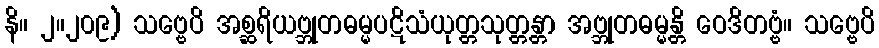
နိ။ ၂။၂၀၉) သဗ္ဗေပိ အစ္ဆရိယဗ္ဘုတဓမ္မပဋိသံယုတ္တသုတ္တန္တာ အဗ္ဘုတဓမ္မန္တိ ဝေဒိတဗ္ဗံ။ သဗ္ဗေပိ